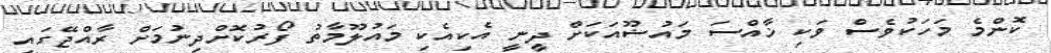
ކޮންމެ މަހަކުވެސް ވަކި ޚާއްސަ މައުޟޫއަކަށް ދީނީ އެކިއެކި މައުލޫމާތު ފޯރުކޮށްދިނުމަށް ރާއްޖޭގައި